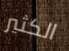
الكثير